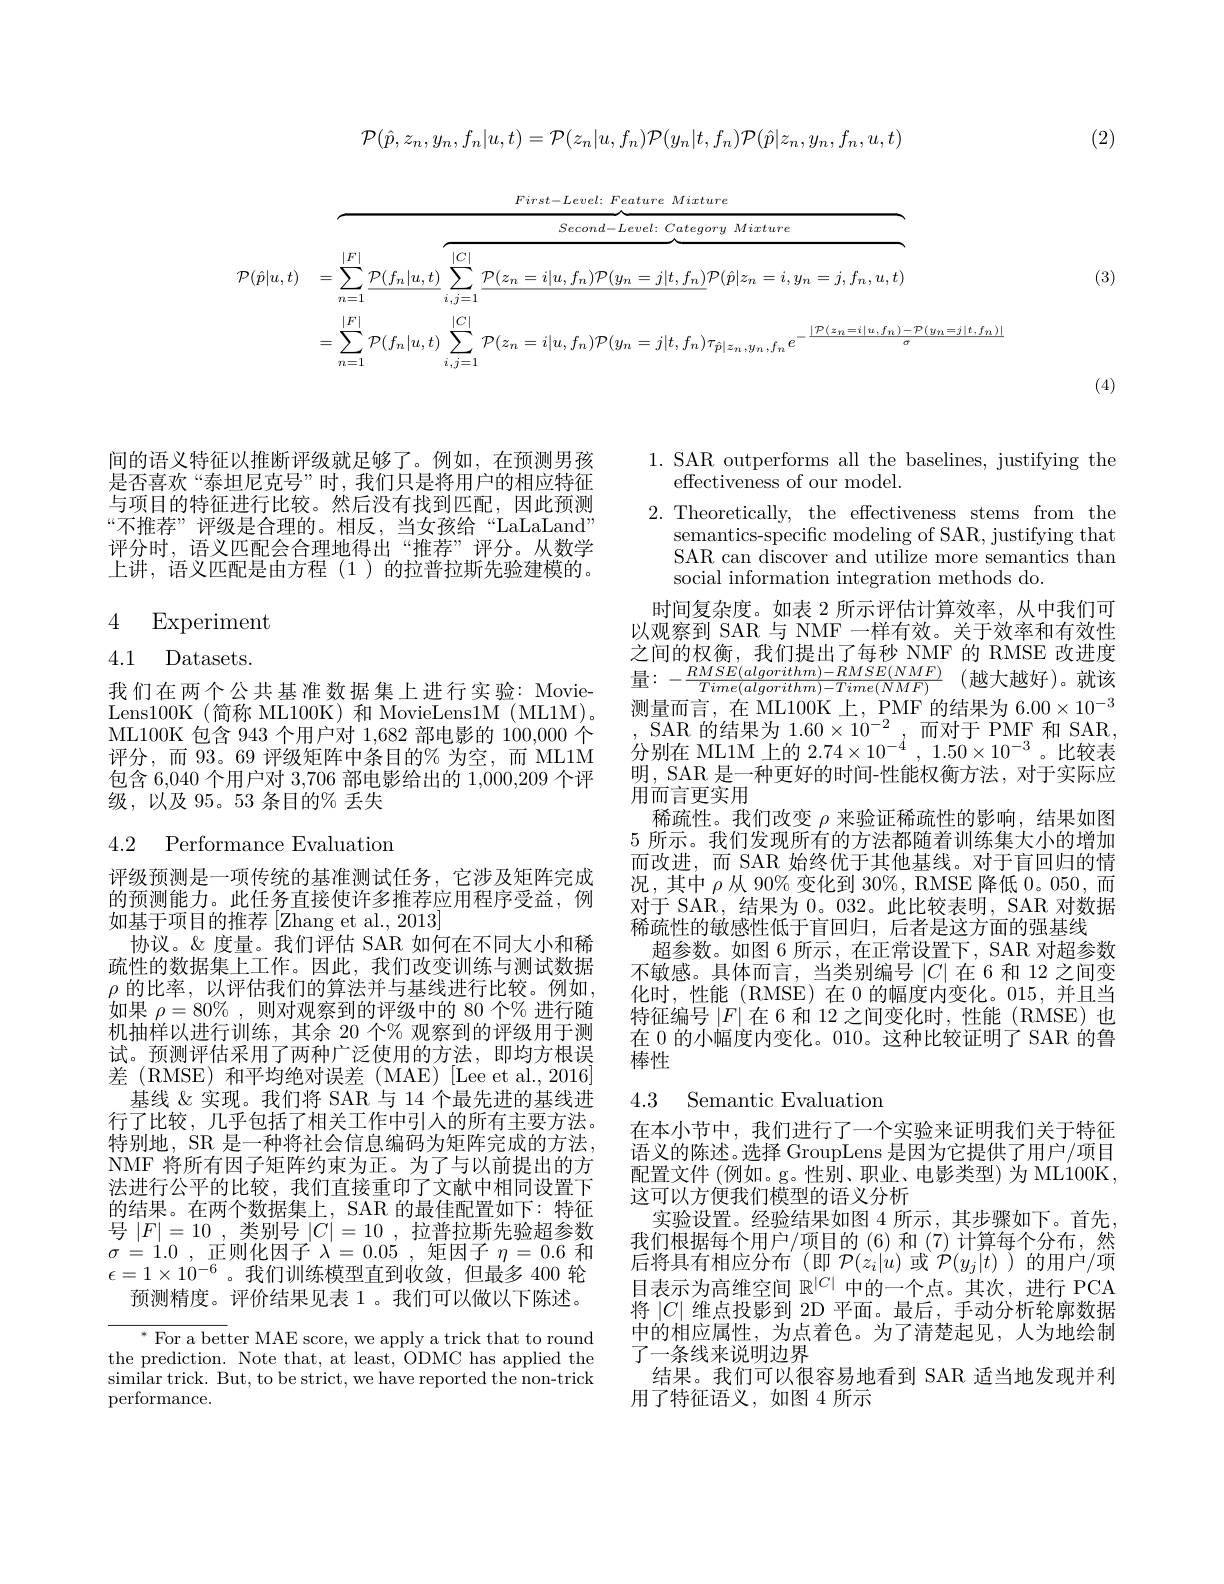
$$\mathcal{P}(\hat{p},z_n,y_n,f_n|u,t)=\mathcal{P}(z_n|u,f_n)\mathcal{P}(y_n|t,f_n)\mathcal{P}(\hat{p}|z_n,y_n,f_n,u,t)$$
(2)

(3)

<table>
	<tbody>
		<tr>
			<th> </th>
			<th> </th>
			<th>tegory Mixture</th>
			<th>$'e$</th>
		</tr>
		<tr>
			<td> </td>
			<td>$\mathcal{P}(f_n$</td>
			<td>$f_{r}$ $T\hat{r}$ $,y_{n},f_{n}^{\textbf{c}}$ $\sigma$ $\vdots n.$</td>
			<td>$\langle-\dot{\eta}-t|u,J\dot{\eta}\rangle$ $\sigma$</td>
		</tr>
	</tbody>
</table>

(4)

间的语义特征以推断评级就足够了。例如，在预测男孩是否喜欢“泰坦尼克号”时，我们只是将用户的相应特征与项目的特征进行比较。然后没有找到匹配，因此预测“不推荐”评级是合理的。相反，当女孩给“LaLaLand” 评分时，语义匹配会合理地得出“推荐”评分。从数学上讲，语义匹配是由方程(1)的拉普拉斯先验建模的。
$$\begin{array}{ll}4&\text{Experiment}\\4.1&\text{Datasets.}\end{array}$$
我们在两个公共基准数据集上进行实验：MovieLens100K (简称 ML100K) 和 MovieLens1M (ML1M)。ML100K 包含 943 个用户对 1,682 部电影的 100,000 个评分，而 93。69 评级矩阵中条目的% 为空，而 ML1M 包含 6,040 个用户对 3,706 部电影给出的 1,000,209 个评级，以及 95。53 条目的% 丢失

4.2 Performance Evaluation

评级预测是一项传统的基准测试任务，它涉及矩阵完成的预测能力。此任务直接使许多推荐应用程序受益，例如基于项目的推荐[Zhang et al., 2013]
协议。&度量。我们评估 SAR 如何在不同大小和稀疏性的数据集上工作。因此，我们改变训练与测试数据$\rho$的比率，以评估我们的算法并与基线进行比较。例如如果$\rho=80\%$,则对观察到的评级中的 80 个% 进行随机抽样以进行训练，其余 20 个% 观察到的评级用于测试。预测评估采用了两种广泛使用的方法，即均方根误差 (RMSE) 和平均绝对误差 (MAE) [Lee et al.,2016]
基线《实现。我们将 SAR 与 14 个最先进的基线进行了比较，几乎包括了相关工作中引入的所有主要方法。特别地，SR 是一种将社会信息编码为矩阵完成的方法， NMF 将所有因子矩阵约束为正。为了与以前提出的方法进行公平的比较，我们直接重印了文献中相同设置下的结果。在两个数据集上，SAR 的最佳配置如下：特征号$|F|=10$,类别号$|C|=10$,拉普拉斯先验超参数$\sigma = 1. 0$ , 正则化因子 $\lambda = 0. 05$ , 矩因子 $\eta=0.6$ 和$\epsilon=1\times10^{-6}$。我们训练模型直到收敛，但最多 400 轮
预测精度。评价结果见表 1。我们可以做以下陈述。

${^*\text{ For a better MAE score, we apply a trick that to round}}$ the prediction. Note that, at least, ODMC has applied the $\bar{\text{similar trick. But, to be strict, we have reported the non-trick}}$ performance.

1. SAR outperforms all the baselines, justifying the
effectiveness of our model.
2. Theoretically, the effectiveness stems from the
semantics-specific modeling of SAR, justifying that SAR can discover and utilize more semantics than social information integration methods do.
时间复杂度。如表 2 所示评估计算效率，从中我们可以观察到 SAR 与 NMF 一样有效。关于效率和有效性之间的权衡，我们提出了每秒 NMF 的 RMSE 改进度测量而言，在 ML100K 上，PMF 的结果为 6.00$\times10^{-3}$ ,SAR的结果为 $1.60\times10^{-2}$,而对于 PMF 和 SAR, 分别在 ML1M 上的 2.74$\times10^{-4},1.50\times10^{-3}$。比较表明，SAR 是一种更好的时间-性能权衡方法，对于实际应用而言更实用
稀疏性。我们改变$\rho$来验证稀疏性的影响，结果如图5 所示。我们发现所有的方法都随着训练集大小的增加而改进，而 SAR 始终优于其他基线。对于盲回归的情况，其中$\rho$从 90% 变化到 30%, RMSE 降低0。050,而对于 SAR,结果为0。032。此比较表明，SAR 对数据稀疏性的敏感性低于盲回归，后者是这方面的强基线
超参数。如图 6 所示，在正常设置下，SAR 对超参数不敏感。具体而言，当类别编号$|C|$在 6 和 12 之间变化时，性能(RMSE)在0的幅度内变化。015,并且当特征编号$|F|$在 6 和 12 之间变化时，性能 (RMSE)也在 0 的小幅度内变化。010。这种比较证明了 SAR 的鲁棒性

### 4.3 Semantic Evaluatior

在本小节中，我们进行了一个实验来证明我们关于特征语义的陈述。选择 GroupLens 是因为它提供了用户/项目配置文件 (例如。g。性别、职业、电影类型)为 ML100K, 这可以方便我们模型的语义分析
实验设置。经验结果如图 4 所示，其步骤如下。首先， 我们根据每个用户/项目的 (6)和 (7)计算每个分布，然后将具有相应分布(即$\mathcal{P}(z_i|u)$或$\mathcal{P}(y_j|t)$ )的用户/项目表示为高维空间$\mathbb{R}^{|C|}$中的一个点。其次，进行 PCA 将$|C|$维点投影到 2D 平面。最后，手动分析轮廓数据中的相应属性，为点着色。为了清楚起见，人为地绘制了一条线来说明边界
结果。我们可以很容易地看到 SAR 适当地发现并利
用了特征语义，如图 4 所示